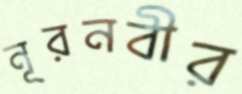
নূরনবীর